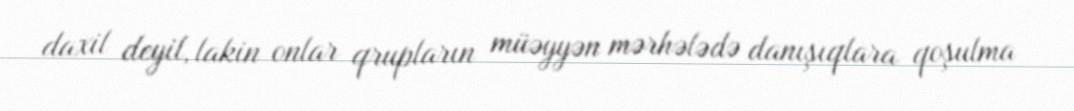
daxil deyil, lakin onlar qrupların müəyyən mərhələdə danışıqlara qoşulma